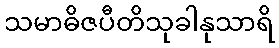
သမာဓိဇပီတိသုခါနုသာရိ